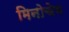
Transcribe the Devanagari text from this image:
मिनोचेम